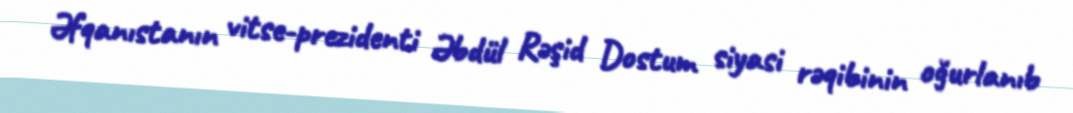
Əfqanıstanın vitse-prezidenti Əbdül Rəşid Dostum siyasi rəqibinin oğurlanıb